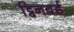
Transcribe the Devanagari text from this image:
ट्विनबर्ड